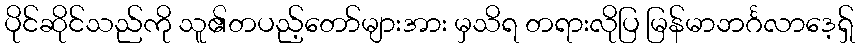
ပိုင်ဆိုင်သည်ကို သူ၏တပည့်တော်များအား မှသိရ တရားလိုပြ မြန်မာဘင်္ဂလာဒေ့ရှ်